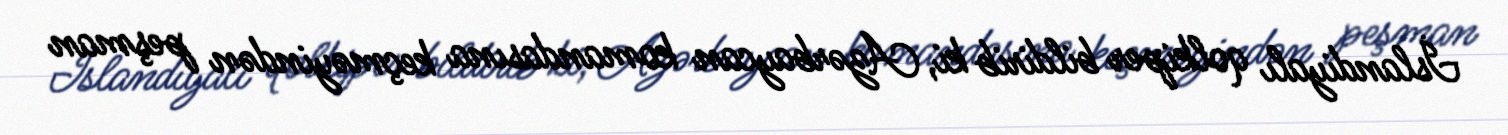
İslandiyalı qolkiper bildirib ki, Azərbaycan komandasına keçməyindən peşman